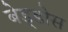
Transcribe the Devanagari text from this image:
बेड्डोस